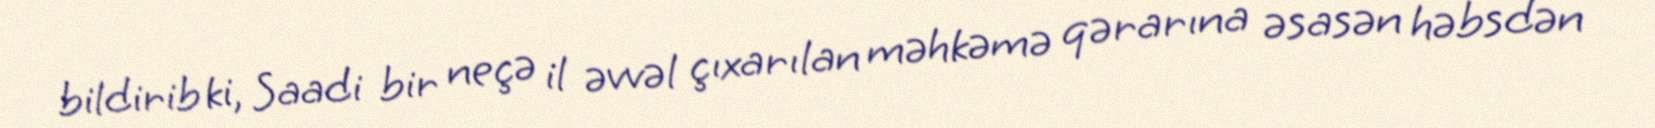
bildirib ki, Saadi bir neçə il əvvəl çıxarılan məhkəmə qərarına əsasən həbsdən